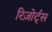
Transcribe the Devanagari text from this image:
रिज़ोर्ट्स